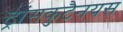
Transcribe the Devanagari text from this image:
ट्रांसकुटैनयस